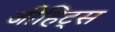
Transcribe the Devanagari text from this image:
जीहिट्स